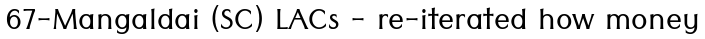
67-Mangaldai (SC) LACs - re-iterated how money